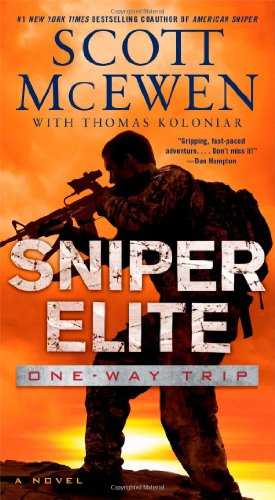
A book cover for Sniper Elite: One-Way Trip: A Novel; Scott McEwen; Literature & Fiction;